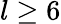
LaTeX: l\ge 6